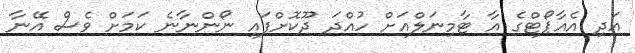
އަދި އެއާޕޯޓްގެ އާ ޓާމިނަލްއަށް ހުއްދަ ދޫކޮށްފައި ނޯންނާނެ ކަމަށް ވެސް އޭނާ